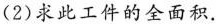
(2)求此工件的全面积.